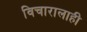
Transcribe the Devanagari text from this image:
विचारालाही